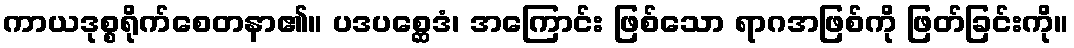
ကာယဒုစ္စရိုက်စေတနာ၏။ ပဒပစ္ဆေဒံ၊ အကြောင်း ဖြစ်သော ရာဂအဖြစ်ကို ဖြတ်ခြင်းကို။